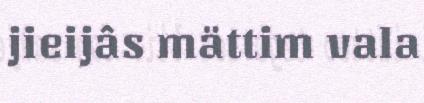
jieijâs mättim vala